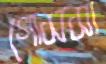
গোসসা